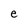
Character: e